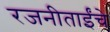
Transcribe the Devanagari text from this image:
रजनीताईंचे